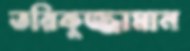
তরিকুজ্জামান